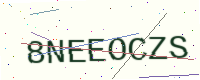
Text: 8NEEOCZS